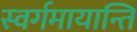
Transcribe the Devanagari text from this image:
स्वर्गमायान्ति